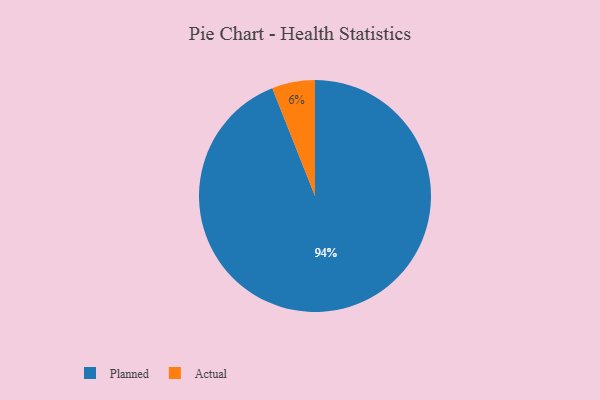
{"axis": {"x": "Category", "y": "Percentage"}, "legend": ["Actual", "Planned"], "data": [{"x": "Planned", "y": 94, "type": "Planned"}, {"x": "Actual", "y": 6, "type": "Actual"}]}